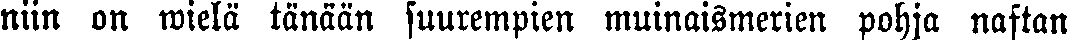
niin on wielä tänään suurempien muinaismerien pohja naftan